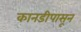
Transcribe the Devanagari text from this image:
कानडीपासून